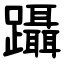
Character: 躡